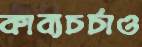
কাব্যচর্চাও